Suggestions for procedure with regard to school attendance under the Education (Scotland) Act, 1936, sections 1 to 3 and 5, 1936
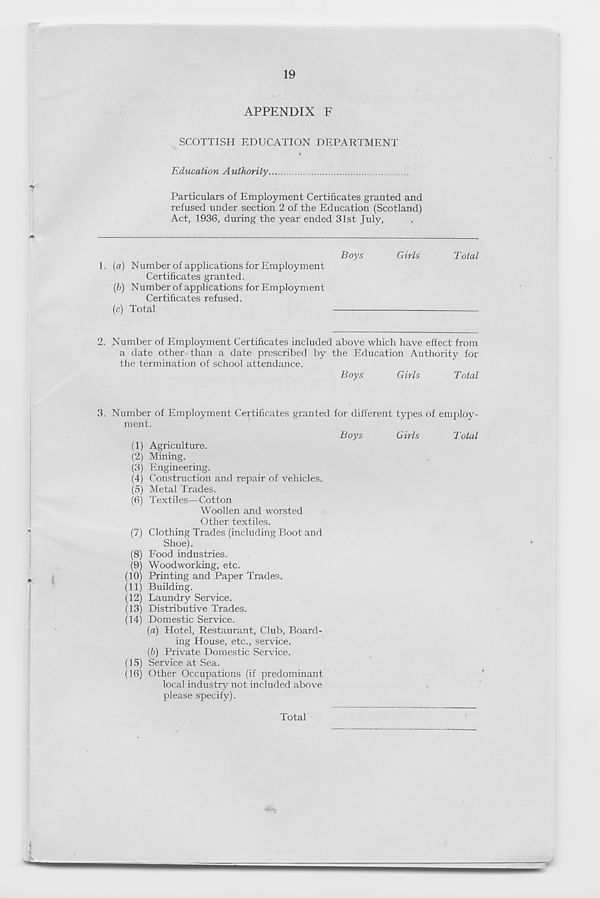
19
APPENDIX F
SCOTTISH EDUCATION DEPARTMENT
Education Authority
Particulars of Employment Certificates granted and
refused under section 2 of the Education (Scotland)
Act, 1936, during the year ended 31st July,
Boys
Girls
Total
1.
{a) Number of applications for Employment
Certificates granted.
(Z>) Number of applications for Employment
Certificates refused.
(c) Total
—
2.
Number of Employment Certificates included above whic
a date other than a date prescribed by the Education Authority for
the termination of school attendance.
Boys
Girls
Total
*
3.
Number of Employment Certificates granted for different
ment.
Boys
Girls
Total
(1) Agriculture.
(2) Mining.
(3) Engineering.
(4) Construction and repair of vehicles.
(5) Metal Trades.
(6) Textiles—Cotton
Woollen and worsted
Other textiles.
(7) Clothing Trades (including Boot anil
Shoe).
(8) Food industries.
(9) Woodworking, etc.
(10) Printing and Paper Trades.
(11) Building.
(12) Laundry Service.
(13) Distributive Trades.
(14) Domestic Service.
{a) Hotel, Restaurant, Club, Board-
ing House, etc., service.
{b) Private Domestic Service.
(15) Service at Sea.
(16) Other Occupations (if predominant
local industry not included above
please specify).
Total